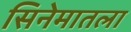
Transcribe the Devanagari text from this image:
सिनेमातला